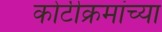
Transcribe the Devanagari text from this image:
कोटीक्रमांच्या